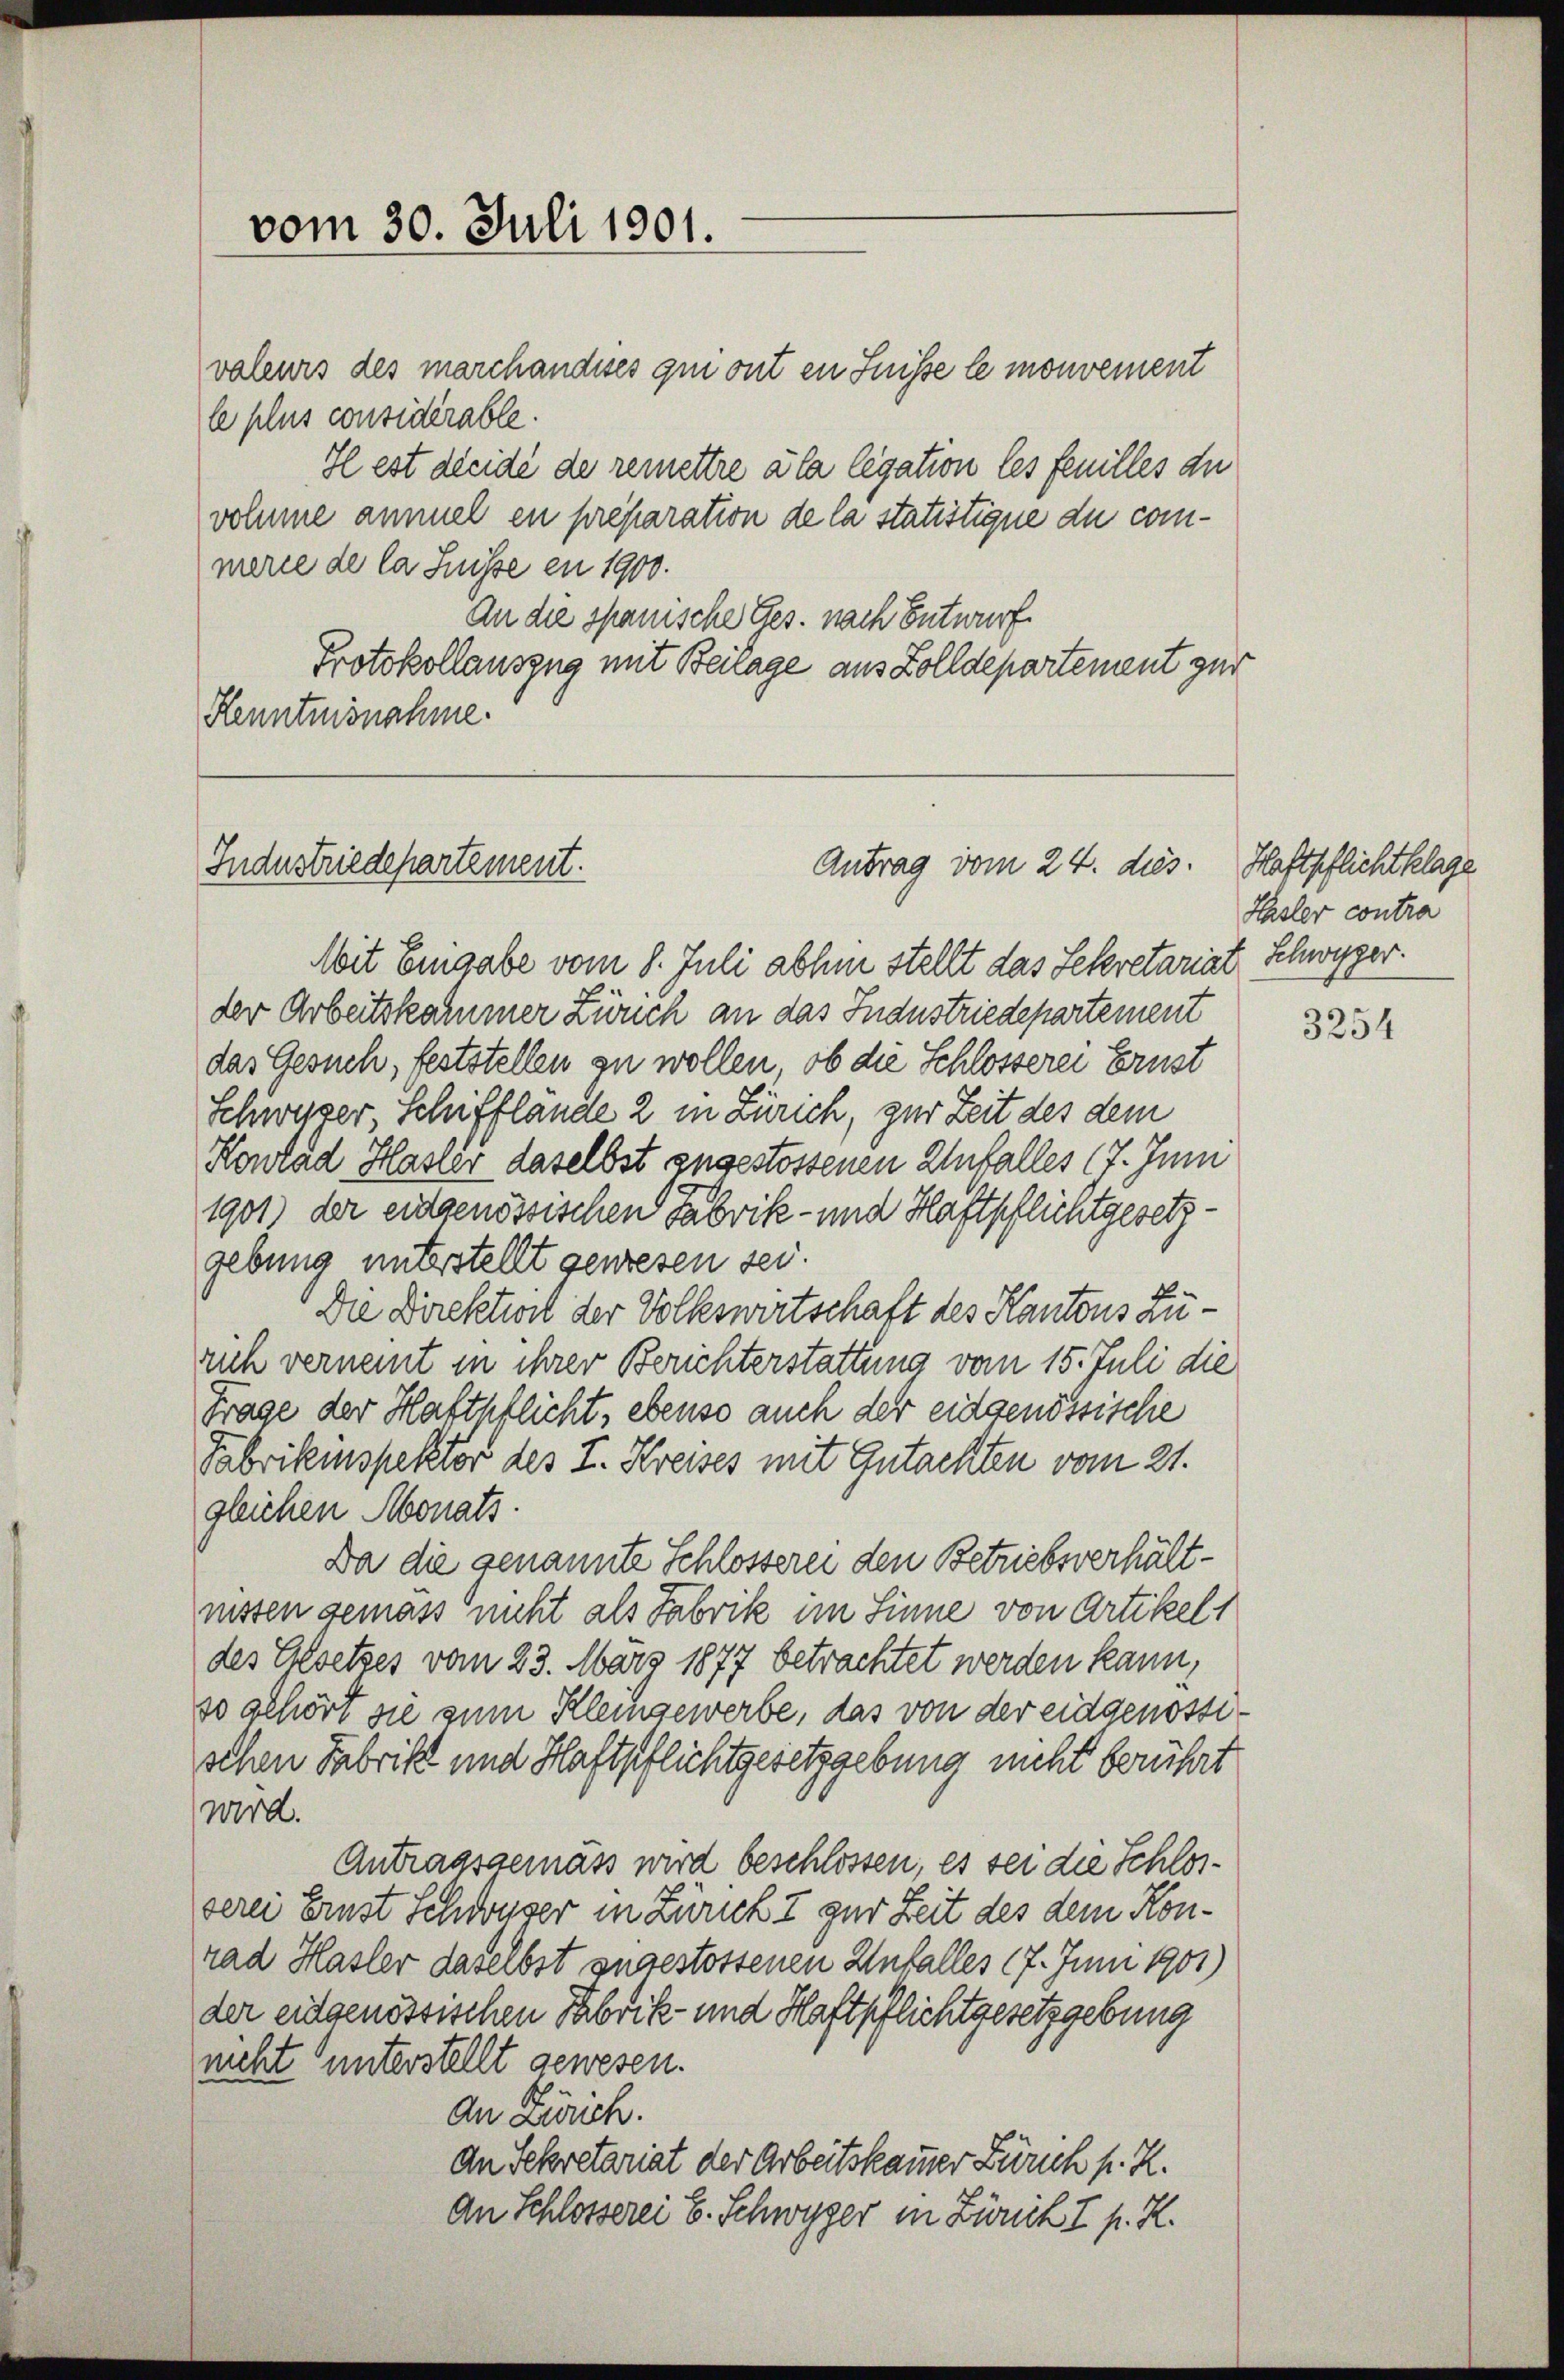
valeurs des marchandises qui ont in Suisse le monement
le plus considérable.
Il est dieide de remettre à la legation les feuilles du
volume ammel en preparation de la statistique du conmarie de la Suisse en 1900.
An die spanische Ges. nach Entwurf
Protokollauszug mit Beilage aus Zolldepartement zur
Henntnisnahme.

vom 30. Juli 1901.

Industriedepartement.

Antrag vom 24. dies

Mit Eingabe vom 8. Juli abhin stellt das Sekretariat Schwyzer.
der Arbeitskammer Zwuch an das Industriedepartement
das Gesuch, feststellen zu wollen, ob die Schlosserei Ernst
Schwyzer Schifflande 2 in Zürich, zur Zeit des dem
Konrad Hasser daselbst zugestossenen Unfalles 17. Juni
1901) der eidgenössischen Fabrik- und Haftpflichtgesetzgebung unterstellt gewesen sei.
Die Direktivit der Volkswirtschaft des Kantons Zuruch verneint in ihrer Berichterstattung vom 15. Juli die
Frage der Haftpflicht, ebenso auch der eidgenössische
Fabrikinspektor des I. Kreises mit Gutachten vom 21.
gleichen Monats
Da die genannte Schlosserei den Betriebsverhältnissen gemäss nicht als Fabrik im Sinne von Artikels
des Gesetzes vom 23. März 1877 betrachtet werden kann,
so gehört sie zum Kleingewerbe, das von der eidgenössischen Fabrik und Haftpflichtgesetzgebung nicht berührt
wird.
Antragsgemäß wird beschlossen, es sei die Schlosverei Ernst Schwuser in Zürich 7 zur Zeit des dem Konrad Hasler daselbst zugestossenen Unfalles 17. Juni 1901)
der eidgenössischen Fabrik- und Haftpflichtgesetzgebung
nicht unterstellt gewesen.
An Zürich.
an Sekretariat der Arbeitskammer Zürich s. Z.
An Schlosserei E. Schwyzer in Zürich I p. R.

Haftpflichtklage
Hasler contra

3254